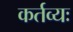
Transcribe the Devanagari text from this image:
कर्तव्यः